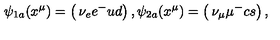
\psi _ { 1 a } ( x ^ { \mu } ) = \left( \begin{matrix} { \nu _ { e } } \\ { e ^ { - } } \\ { u } \\ { d } \\ \end{matrix} \right) , \psi _ { 2 a } ( x ^ { \mu } ) = \left( \begin{matrix} { \nu _ { \mu } } \\ { \mu ^ { - } } \\ { c } \\ { s } \\ \end{matrix} \right) ,